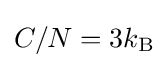
C/N=3k_{\rm {B}}